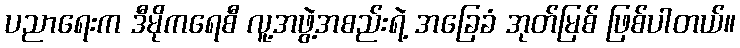
ပညာရေးက ဒီမိုကရေစီ လူ့အဖွဲ့အစည်းရဲ့ အခြေခံ အုတ်မြစ် ဖြစ်ပါတယ်။